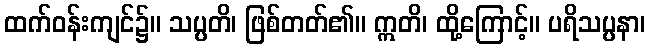
ထက်ဝန်းကျင်၌။ သပ္ပတိ၊ ဖြစ်တတ်၏။ ဣတိ၊ ထို့ကြောင့်။ ပရိသပ္ပနာ၊